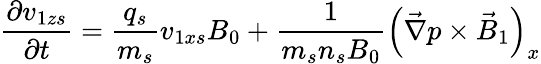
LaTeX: \frac{\partial{v}_{1zs}}{\partial t}=\frac{q_{s}}{m_{s}}{v}_{1xs}B_{0}+\frac{1}{m_{s}n_{s}B_{0}}\left(\vec{\nabla}p\times\vec{B}_{1}\right)_{x}